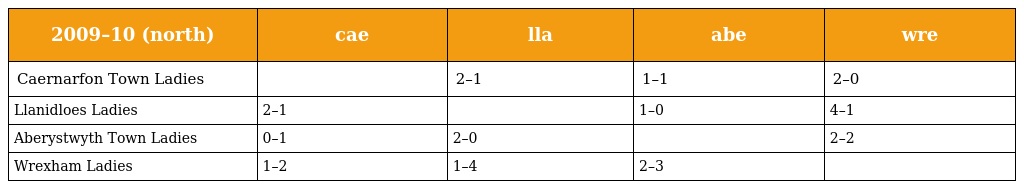
| 2009–10 (north) | cae | lla | abe | wre |
 | --- | --- | --- | --- | --- |
 | Caernarfon Town Ladies |  | 2–1 | 1–1 | 2–0 |
 | Llanidloes Ladies | 2–1 |  | 1–0 | 4–1 |
 | Aberystwyth Town Ladies | 0–1 | 2–0 |  | 2–2 |
 | Wrexham Ladies | 1–2 | 1–4 | 2–3 |  |